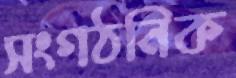
সংগঠনিক